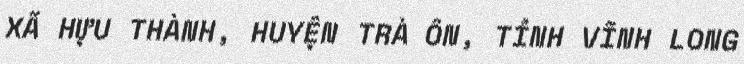
XÃ HỰU THÀNH, HUYỆN TRÀ ÔN, TỈNH VĨNH LONG